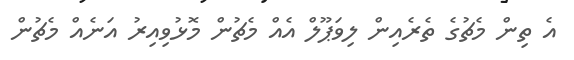
އެ ތިން މެޗުގެ ތެރެއިން ލިވަޕޫލް އެއް މެޗުން މޮޅުވިއިރު އަނެއް މެޗުން